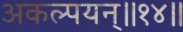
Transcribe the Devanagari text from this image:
अकल्पयन्॥१४॥